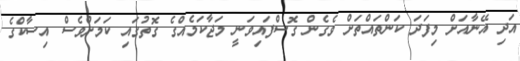
އަދި އޭނާއަށް މިފަދަ ކަންތައްތަށް ވެގެން ގޮސްފައިވަނީ މަޖާކަމެއްގެ ގޮތުގައި ކަމަށްވެސް އިސާކްގެ